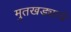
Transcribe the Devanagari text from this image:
मुतखड्याचे